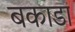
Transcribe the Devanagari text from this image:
बकाडा